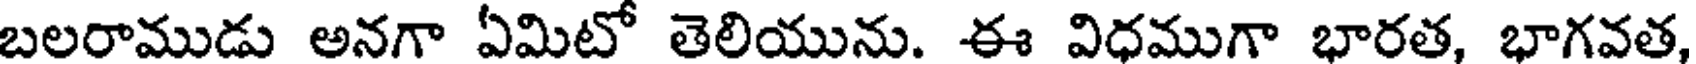
బలరాముడు అనగా ఏమిటో తెలియును. ఈ విధముగా భారత, భాగవత,